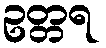
ဥတ္တရ